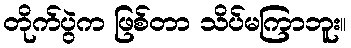
တိုက်ပွဲက ဖြစ်တာ သိပ်မကြာဘူး။